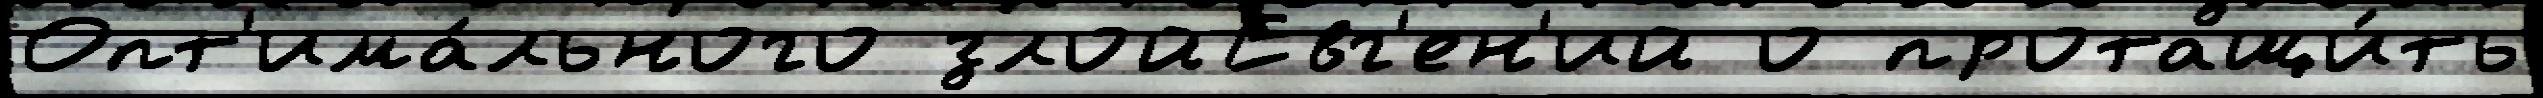
Опт'има́льного злойЕвг'ен'ий о протащи́ть